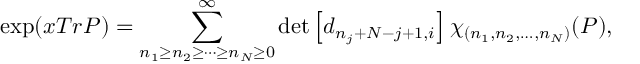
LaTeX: \exp ( x T r P ) = \sum _ { n _ { 1 } \geq n _ { 2 } \geq \cdots \geq n _ { N } \geq 0 } ^ { \infty } \operatorname * { d e t } \left[ d _ { n _ { j } + N - j + 1 , i } \right] \chi _ { ( n _ { 1 } , n _ { 2 } , \ldots , n _ { N } ) } ( P ) ,